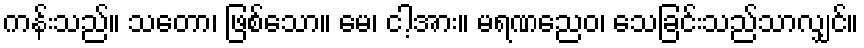
ကန်းသည်။ သတော၊ ဖြစ်သော။ မေ၊ ငါ့အား။ မရဏညေဝ၊ သေခြင်းသည်သာလျှင်။